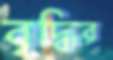
বৃদ্ধির